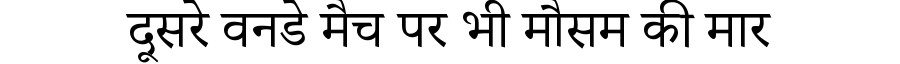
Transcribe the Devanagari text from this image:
दूसरे वनडे मैच पर भी मौसम की मार